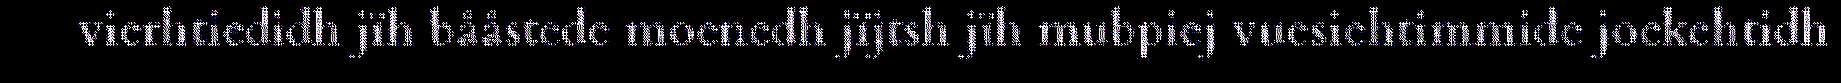
vierhtiedidh jïh bååstede moenedh jïjtsh jïh mubpiej vuesiehtimmide joekehtidh